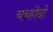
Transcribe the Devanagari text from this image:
चच्होदो